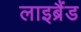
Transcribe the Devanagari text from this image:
लाइब्रैंड